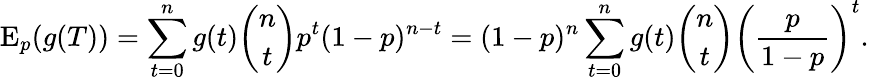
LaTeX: \operatorname{E}_{p}(g(T))=\sum_{t=0}^{n}{g(t){\binom{n}{t}}p^{t}(1-p)^{n-t}}=(1-p)^{n}\sum_{t=0}^{n}{g(t){\binom{n}{t}}\left({\frac{p}{1-p}}\right)^{t}}.